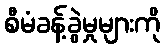
စီမံခန့်ခွဲမှုများကို